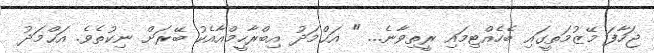
ޖަހާފަ މޭޒުމަތީގައި ބެހެއްޓިމައި ރީތިވާނެ... " އަޙްމަދު އިބްރާހީމްއާއެކު ބޭރަށް ނިކުތެވެ. އަޙްމަދު